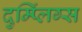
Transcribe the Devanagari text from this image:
दुम्प्लिंग्स